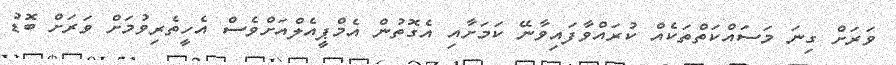
ވަރަށް ގިނަ މަސައްކަތްތަކެއް ކުރައްވާފައިވާނޭ ކަމަށާއި އެގޮތުން އެމްޕީއެލްއަށްވެސް އެހީތެރިވުމަށް ވަރަށް ބޮޑު